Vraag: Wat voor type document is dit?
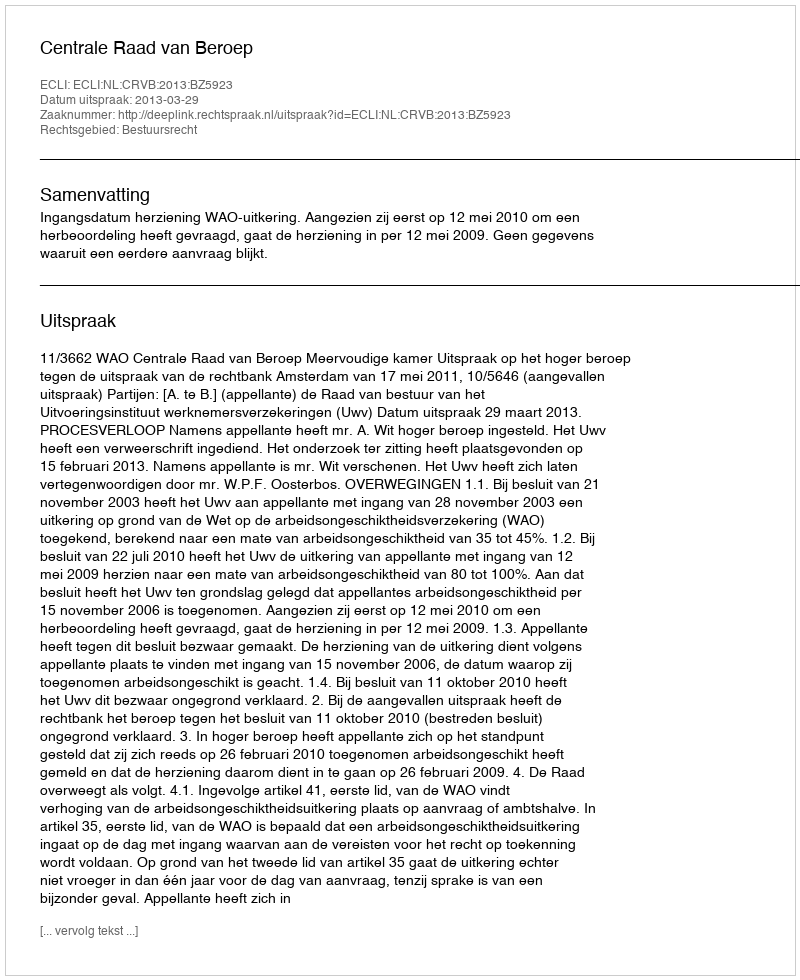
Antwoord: Uitspraak